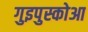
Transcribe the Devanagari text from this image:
गुइपुस्कोआ